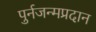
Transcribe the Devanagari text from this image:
पुर्नजन्मप्रदान